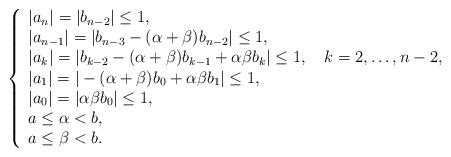
LaTeX: \begin{align*}\left\{\begin{array}{l}|a_n| = |b_{n-2}| \le 1,\\|a_{n-1}| = |b_{n-3} - (\alpha+\beta) b_{n-2}| \le 1,\\|a_k| = |b_{k-2} - (\alpha+\beta) b_{k-1} + \alpha\beta b_k| \le 1, \ \ \ k = 2,\ldots,n-2,\\|a_1| = |- (\alpha+\beta) b_0 + \alpha\beta b_1| \le 1,\\|a_0| = |\alpha\beta b_0| \le 1,\\a \le \alpha < b, \\a \le \beta < b.\end{array}\right.\end{align*}